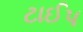
ટાઈપ